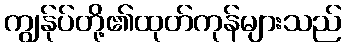
ကျွန်ုပ်တို့၏ထုတ်ကုန်များသည်